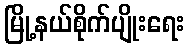
မြို့နယ်စိုက်ပျိုးရေး